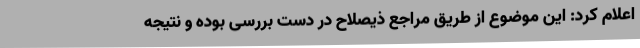
اعلام کرد: این موضوع از طریق مراجع ذیصلاح در دست بررسی بوده و نتیجه